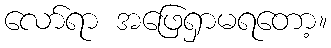
လော်ရာ အဖြေရှာမရတော့။